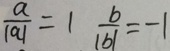
\frac { a } { \vert a \vert } = 1 \frac { b } { \vert b \vert } = - 1